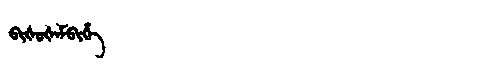
Manchu: ᠪᡳᡧᡠᡧᠠᠮᠪᡳᡥᡝ
Romanization: BIŠUŠAMBIHE